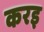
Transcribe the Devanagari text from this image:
करइ